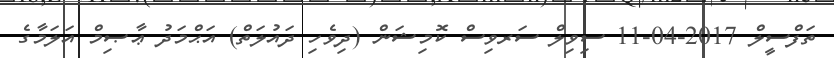
ތަފްސީލް 2017-04-11 ސިވިލް ސަރވިސް ކޮމިޝަން (ދިވެހި ދައުލަތް) އަޙްމަދު ޢާޞިމް އަލަމާގެ